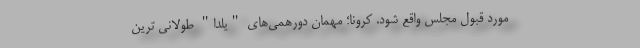
مورد قبول مجلس واقع شود. کرونا؛ مهمان دورهمی‌های "یلدا" طولانی ترین